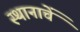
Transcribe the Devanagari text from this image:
स्थानाचें